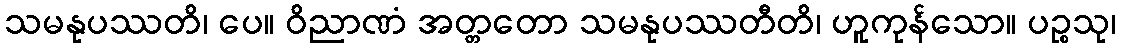
သမနုပဿတိ၊ ပေ။ ဝိညာဏံ အတ္တတော သမနုပဿတီတိ၊ ဟူကုန်သော။ ပဉ္စသု၊